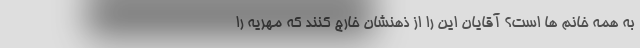
به همه خانم ها است؟ آقایان این را از ذهنشان خارج کنند که مهریه را